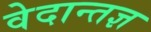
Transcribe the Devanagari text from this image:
वेदान्तज्ञ